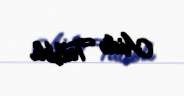
Aidə Talıblı